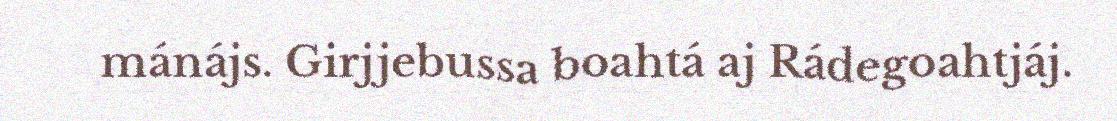
mánájs. Girjjebussa boahtá aj Rádegoahtjáj.